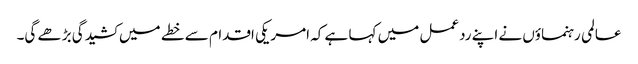
عالمی رہنماؤں نے اپنے ردعمل میں کہا ہے کہ امریکی اقدام سے خطے میں کشیدگی بڑھے گی۔